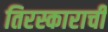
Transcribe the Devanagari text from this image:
तिरस्काराची